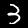
Digit: 3